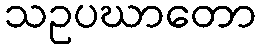
သဥပဃာတော